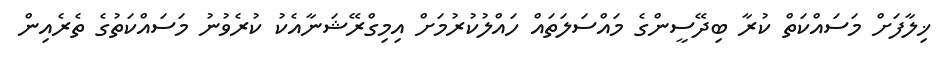
ޚިލާފަށް މަސައްކަތް ކުރާ ބިދޭސީންގެ މައްސަލަތައް ހައްލުކުރުމަށް އިމިގްރޭޝަނާއެކު ކުރެވުނު މަސައްކަތުގެ ތެރެއިން